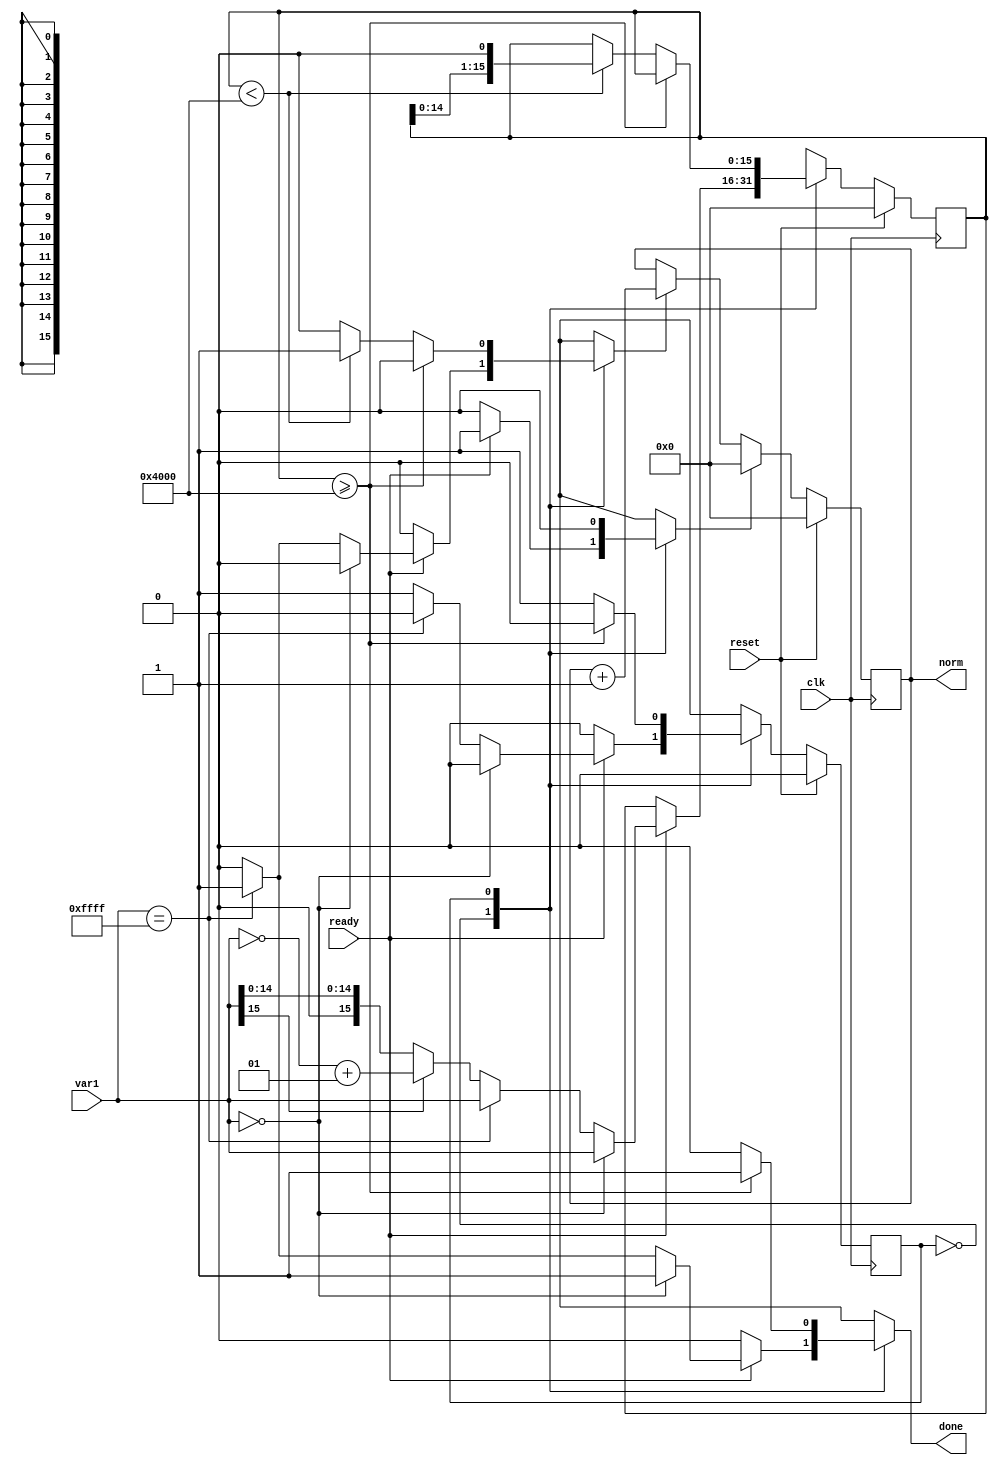
module norm_s(var1,norm,clk,ready,reset,done);

input [15:0] var1;
output [15:0] norm;
input clk ,ready, reset;
output done;

wire signed [15:0] var1;

reg signed [15:0] var1reg, next_var1reg;
reg [15:0] norm,nextnorm;
reg normld,normreset;
reg state,nextstate;
reg done;

parameter NORM_FACTOR = 16'h4000;
parameter INIT = 1'd0;
parameter S1 = 1'd1;

always @ (posedge clk) 
begin
	if(reset)
		state <= INIT;
	else
		state <= nextstate;
end

always @ (posedge clk) 
begin
	if(reset)
		norm <= 0;
	else if(normreset)
		norm <= 0;
	else if(normld)
		norm <= norm + 1;
end

always @ (posedge clk) 
begin
	if(reset)
		var1reg<= 0;
	else 
   	var1reg <= next_var1reg;
end

always @(*)
begin
	
	nextstate = state;	
	normreset = 0;
	normld = 0;	
	next_var1reg = var1reg;
	done = 0;
	
	case(state)
	INIT: begin
		
		if(ready == 0)
			nextstate = INIT;			
		else if(ready == 1) 
		begin //else1	
			done = 0;
			next_var1reg = var1;
			normreset = 1;
			if(next_var1reg == 0) 
			begin
				normreset = 1;
				nextstate = INIT;
				done = 1;
			end
		
			else if(next_var1reg == 16'hffff) 
			begin
				normld = 1;
				nextnorm = 16'd15;
				nextstate = INIT;
				done = 1;
			end
		
			else 
			begin
				if(next_var1reg[15] == 1)
					next_var1reg = ~var1 + 1;
				nextstate = S1;
			end
		end //end else1
	end //end INIT

	

	S1: begin	 
		 
		if(var1reg >= NORM_FACTOR) 
		 begin
			nextstate = INIT;
			done = 1;
			
		 end	
		
		else if(var1reg < NORM_FACTOR) 
		begin
			next_var1reg = var1reg <<< 1;
			normld = 1;	
			nextnorm = norm + 1;
			nextstate = S1;
		end
		 
		 
		
		
	end // end S1
		
	default:	begin
	nextstate = INIT;
	end
		
		
			
endcase
end//end always
endmodule